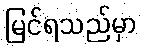
မြင်ရသည်မှာ